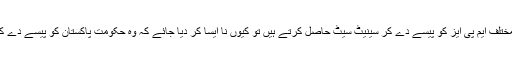
ویسے بھی تو سینیٹرز مختلف ایم پی ایز کو پیسے دے کر سینیٹ سیٹ حاصل کرتے ہیں تو کیوں نا ایسا کر دیا جائے کہ وہ حکومت پاکستان کو پیسے دے کر سینیٹ سیٹ خرید لیں۔